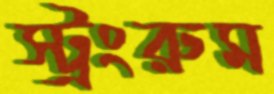
স্ট্রংরুম